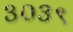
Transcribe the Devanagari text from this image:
३०३९